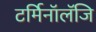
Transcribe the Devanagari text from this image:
टर्मिनॉलॅजि